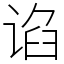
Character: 谄